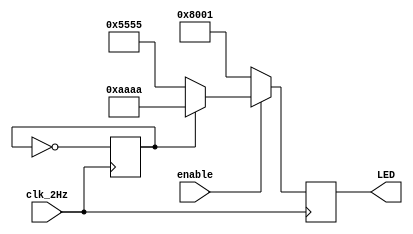
// This program was cloned from: https://github.com/FPGADude/Digital-Design
// License: GNU General Public License v3.0

`timescale 1ns / 1ps

module led_driver(
    input clk_2Hz,
    input enable,           // enabled during open voting
    output reg [15:0] LED
    );
    
    parameter S0 = 16'h5555;
    parameter S1 = 16'hAAAA;
    
    reg ctr = 0;
    
    always @(posedge clk_2Hz)
        ctr <= ~ctr;
    
    always @(posedge clk_2Hz)
        if(enable)
            if(ctr == 0)
                LED = S0;
            else
                LED = S1;
        else
            LED = 16'h8001;
  
endmodule